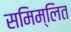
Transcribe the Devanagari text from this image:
समिम्लित